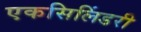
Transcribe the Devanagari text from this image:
एकसिलिंडरी